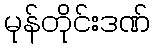
မုန်တိုင်းဒဏ်